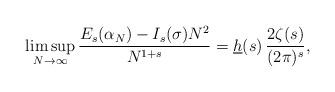
LaTeX: \begin{align*}\limsup_{N\rightarrow\infty}\frac{E_{s}(\alpha_{N})-I_{s}(\sigma) N^{2}}{N^{1+s}}=\underline{h}(s)\,\frac{2\zeta(s)}{(2\pi)^{s}},\end{align*}